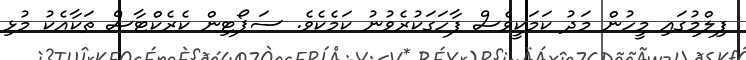
ފިލްމުގައި މީހުން މަދު ކަމަކީވެސް ފާހަގަކުރެވުނު ކަމެކެވެ. ސަޕޯޓިން ކެރެކްޓާސް ތަކާއެކު މުޅި